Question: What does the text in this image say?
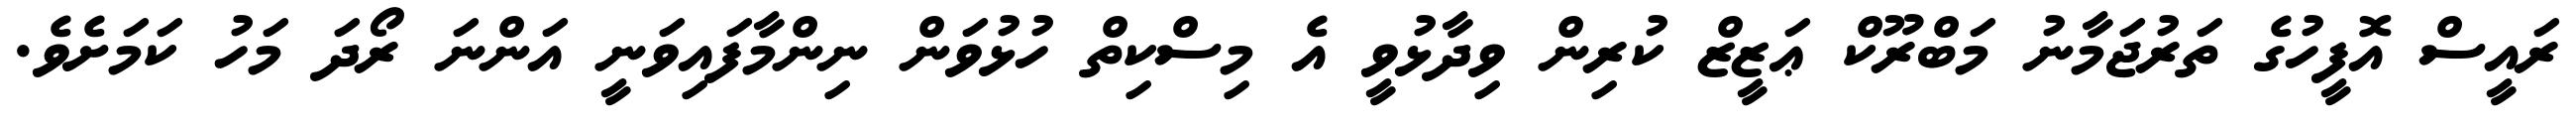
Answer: ރައީސް އޮފީހުގެ ތަރުޖަމާނު މަބްރޫކް ޢަޒީޒް ކުރިން ވިދާޅުވީ އެ މިސްކިތް ހުޅުވަން ނިންމާފައިވަނީ އަންނަ ރޯދަ މަހު ކަމަށެވެ.